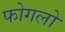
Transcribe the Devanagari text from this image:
फोगलो